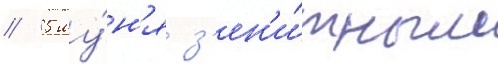
// 5 иу́н'я з'ен'и́тным